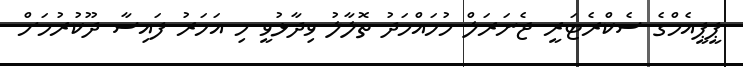
ޕީޕީއެމްގެ ސެކްރެޓަރީ ޖެނަރަލް މުހައްމަދު ތޮލާލު ވިދާޅުވީ މި އަހަރު ފައިސާ ދޫކުރުމަށް